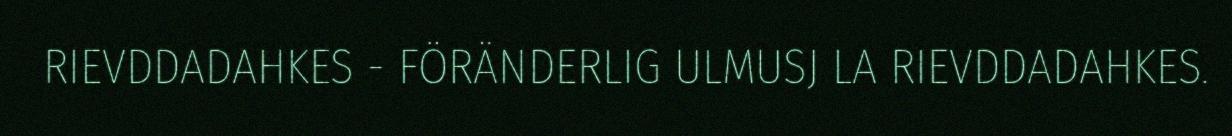
RIEVDDADAHKES - FÖRÄNDERLIG ULMUSJ LA RIEVDDADAHKES.